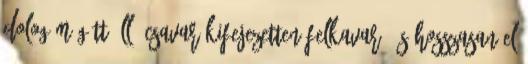
dolog mögött álló csavar kifejezetten felkavaró és hosszasan el